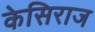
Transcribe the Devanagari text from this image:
केसिराज